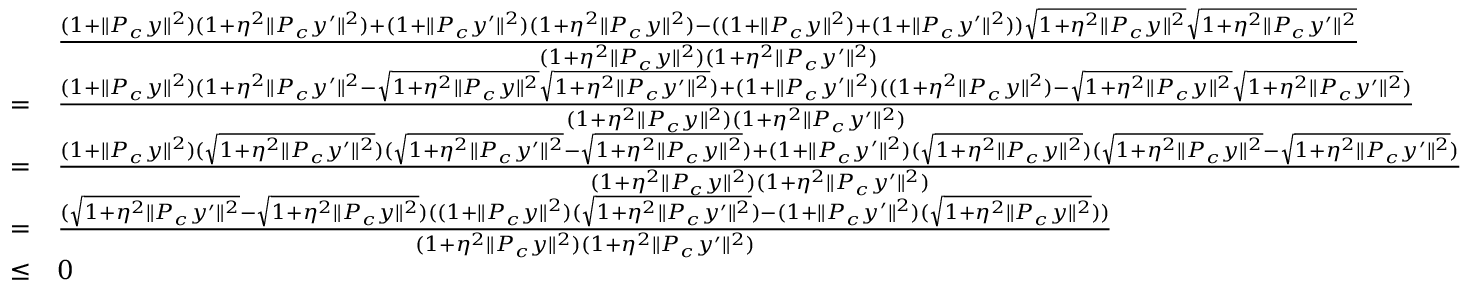
\begin{array} { r l } & { \frac { ( 1 + \| P _ { c } y \| ^ { 2 } ) ( 1 + \eta ^ { 2 } \| P _ { c } y ^ { \prime } \| ^ { 2 } ) + ( 1 + \| P _ { c } y ^ { \prime } \| ^ { 2 } ) ( 1 + \eta ^ { 2 } \| P _ { c } y \| ^ { 2 } ) - ( ( 1 + \| P _ { c } y \| ^ { 2 } ) + ( 1 + \| P _ { c } y ^ { \prime } \| ^ { 2 } ) ) \sqrt { 1 + \eta ^ { 2 } \| P _ { c } y \| ^ { 2 } } \sqrt { 1 + \eta ^ { 2 } \| P _ { c } y ^ { \prime } \| ^ { 2 } } } { ( 1 + \eta ^ { 2 } \| P _ { c } y \| ^ { 2 } ) ( 1 + \eta ^ { 2 } \| P _ { c } y ^ { \prime } \| ^ { 2 } ) } } \\ { = } & { \frac { ( 1 + \| P _ { c } y \| ^ { 2 } ) ( 1 + \eta ^ { 2 } \| P _ { c } y ^ { \prime } \| ^ { 2 } - \sqrt { 1 + \eta ^ { 2 } \| P _ { c } y \| ^ { 2 } } \sqrt { 1 + \eta ^ { 2 } \| P _ { c } y ^ { \prime } \| ^ { 2 } } ) + ( 1 + \| P _ { c } y ^ { \prime } \| ^ { 2 } ) ( ( 1 + \eta ^ { 2 } \| P _ { c } y \| ^ { 2 } ) - \sqrt { 1 + \eta ^ { 2 } \| P _ { c } y \| ^ { 2 } } \sqrt { 1 + \eta ^ { 2 } \| P _ { c } y ^ { \prime } \| ^ { 2 } } ) } { ( 1 + \eta ^ { 2 } \| P _ { c } y \| ^ { 2 } ) ( 1 + \eta ^ { 2 } \| P _ { c } y ^ { \prime } \| ^ { 2 } ) } } \\ { = } & { \frac { ( 1 + \| P _ { c } y \| ^ { 2 } ) ( \sqrt { 1 + \eta ^ { 2 } \| P _ { c } y ^ { \prime } \| ^ { 2 } } ) ( \sqrt { 1 + \eta ^ { 2 } \| P _ { c } y ^ { \prime } \| ^ { 2 } } - \sqrt { 1 + \eta ^ { 2 } \| P _ { c } y \| ^ { 2 } } ) + ( 1 + \| P _ { c } y ^ { \prime } \| ^ { 2 } ) ( \sqrt { 1 + \eta ^ { 2 } \| P _ { c } y \| ^ { 2 } } ) ( \sqrt { 1 + \eta ^ { 2 } \| P _ { c } y \| ^ { 2 } } - \sqrt { 1 + \eta ^ { 2 } \| P _ { c } y ^ { \prime } \| ^ { 2 } } ) } { ( 1 + \eta ^ { 2 } \| P _ { c } y \| ^ { 2 } ) ( 1 + \eta ^ { 2 } \| P _ { c } y ^ { \prime } \| ^ { 2 } ) } } \\ { = } & { \frac { ( \sqrt { 1 + \eta ^ { 2 } \| P _ { c } y ^ { \prime } \| ^ { 2 } } - \sqrt { 1 + \eta ^ { 2 } \| P _ { c } y \| ^ { 2 } } ) ( ( 1 + \| P _ { c } y \| ^ { 2 } ) ( \sqrt { 1 + \eta ^ { 2 } \| P _ { c } y ^ { \prime } \| ^ { 2 } } ) - ( 1 + \| P _ { c } y ^ { \prime } \| ^ { 2 } ) ( \sqrt { 1 + \eta ^ { 2 } \| P _ { c } y \| ^ { 2 } } ) ) } { ( 1 + \eta ^ { 2 } \| P _ { c } y \| ^ { 2 } ) ( 1 + \eta ^ { 2 } \| P _ { c } y ^ { \prime } \| ^ { 2 } ) } } \\ { \leq } & { 0 } \end{array}